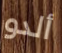
ألدو